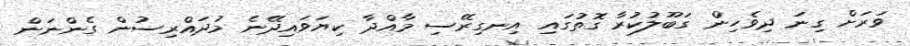
ވަރަށް ގިނަ ދިވެހިން ގަބޫލުކުރާ ގޮތުގައި އިނގިރޭސި މާއްދާ ކިޔަވައިދޭނެ މުދައްރިސުން ގެންނަން